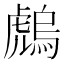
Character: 䖚